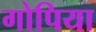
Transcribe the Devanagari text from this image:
गोपिया